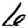
Digit: 6